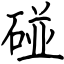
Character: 碰